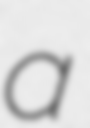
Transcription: a